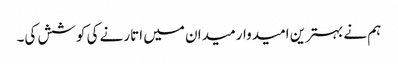
ہم نے بہترین امیدوار میدان میں اتارنے کی کوشش کی۔